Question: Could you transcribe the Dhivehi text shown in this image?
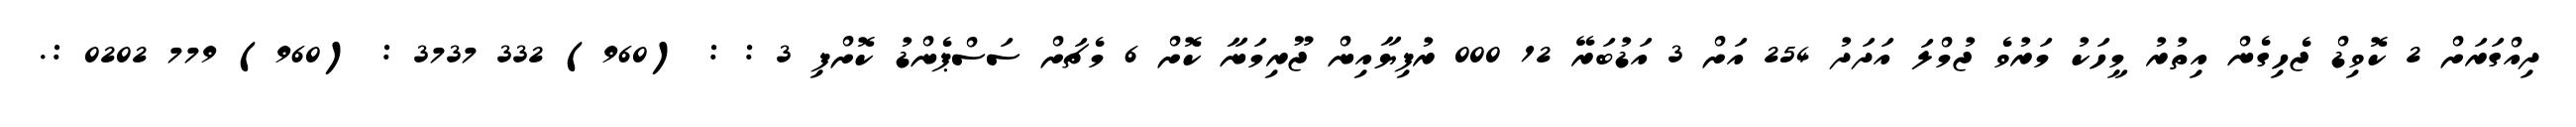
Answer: ދިއްގަރަށް 2 ކޮވިޑް ޖެހިގެން އިތުރު މީހަކު މަރުވެ ޖުމްލަ އަދަދު 254 އަށް 3 އަޑުބަރޭ 12 000 ރުފިޔާއިން ޖޫރިމަނާ ކޮށް 6 މެޗަށް ސަސްޕެންޑު ކޮށްފި 3 : : (960) 332 3737 : (960) 779 0202 :.